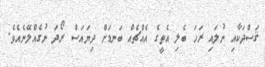
ޤަސްދަކާއި ނުލައި ރަހަ ބެލި އެތީގެ އެއްޗެއް ބަނޑަށް ދިޔައަސް ރޯދަ ނުގެއްލޭނެއެވެ.